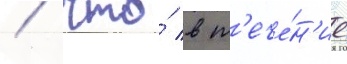
/ что́ в т'ече́н'ие